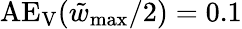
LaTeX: \mathrm{AE_{V}}(\tilde{w}_{\mathrm{max}}/2)=0.1